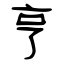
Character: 亨